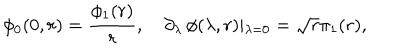
\phi _ { 0 } ( 0 , r ) = { \frac { \phi _ { 1 } ( r ) } { r } } , \quad \partial _ { \lambda } \, \phi ( \lambda , r ) \vert _ { \lambda = 0 } = \sqrt { r } \pi _ { 1 } ( r ) ,